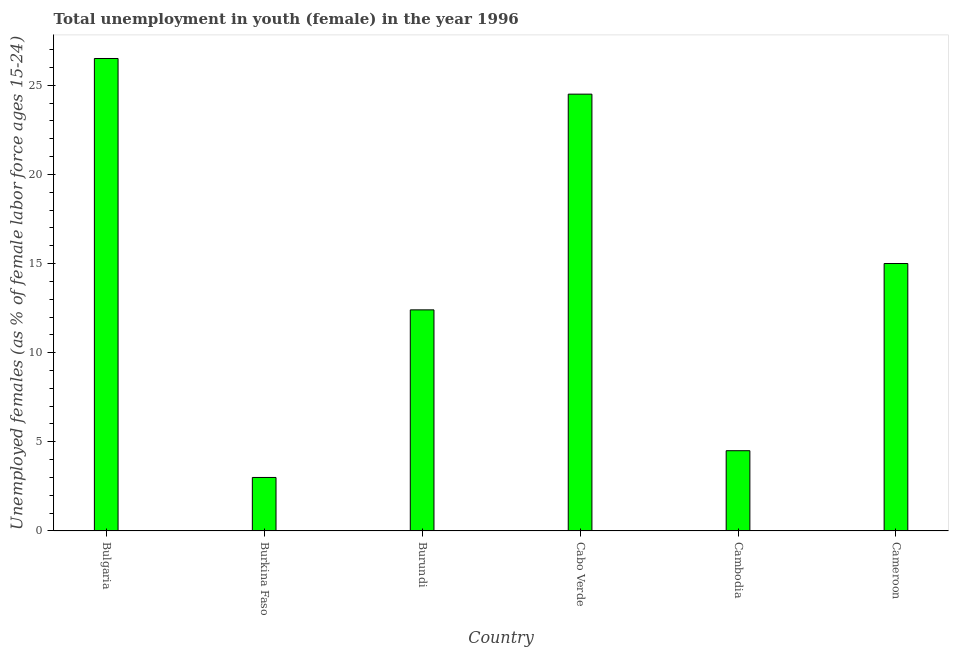
| Country | Unemployment |
 | --- | --- |
 | Bulgaria | 26.5 |
 | Burkina Faso | 3 |
 | Burundi | 12.4 |
 | Cabo Verde | 24.5 |
 | Cambodia | 4.5 |
 | Cameroon | 15 |